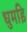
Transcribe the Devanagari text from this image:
धुमड़ि